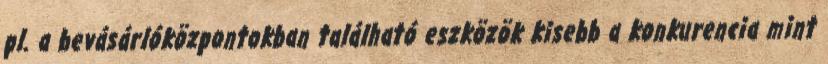
pl. a bevásárlóközpontokban található eszközök kisebb a konkurencia mint